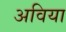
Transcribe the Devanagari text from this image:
अविया